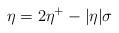
LaTeX: \begin{align*}\eta= 2\eta^+ -|\eta|\sigma\end{align*}